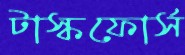
টাস্কফোর্স